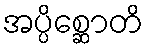
အပ္ပိစ္ဆောတိ